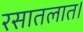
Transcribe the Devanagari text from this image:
रसातलात।